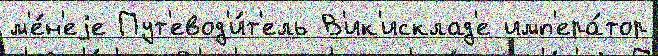
м'е́н'еjе Пут'евод'и́т'ель В'ик'исклад'е имп'ера́тор